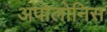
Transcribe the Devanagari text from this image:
अपोलोनिस